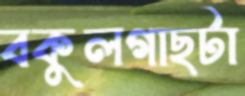
বকুলগাছটা